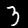
Digit: 3